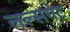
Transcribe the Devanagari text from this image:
लल्सगेट